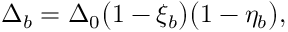
\Delta _ { b } = \Delta _ { 0 } \big ( 1 - \xi _ { b } \big ) \big ( 1 - \eta _ { b } \big ) ,